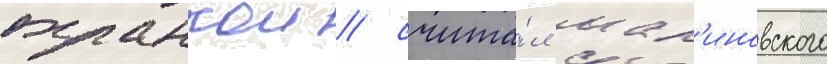
охранкои / счита́л мал'иновского